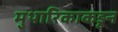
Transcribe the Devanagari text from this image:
मुथारिकाकडून